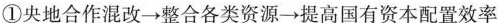
①央地合作混改→整合各类资源→提高国有资本配置效率